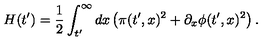
H ( t ^ { \prime } ) = { \frac { 1 } { 2 } } \int _ { t ^ { \prime } } ^ { \infty } d x \left( \pi ( t ^ { \prime } , x ) ^ { 2 } + \partial _ { x } \phi ( t ^ { \prime } , x ) ^ { 2 } \right) .